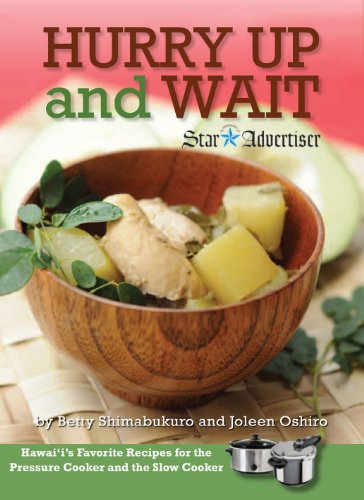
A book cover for Hurry Up and Wait: Hawaii's Favorite Recipes for the Pressure Cooker and the Slow Cooker; Betty Shimabukuro; Cookbooks, Food & Wine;